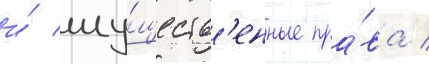
и́ иму́ществ'енные пра́ва /